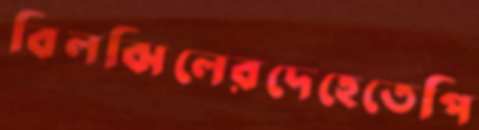
বিলঝিলেরদেহেতেপি